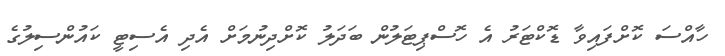
ހާއްސަ ކޮށްފައިވާ ޑޮކްޓަރު އެ ހޮސްޕިޓަލުން ބަދަލު ކޮށްދިނުމަށް އެދި އެސިޓީ ކައުންސިލުގެ